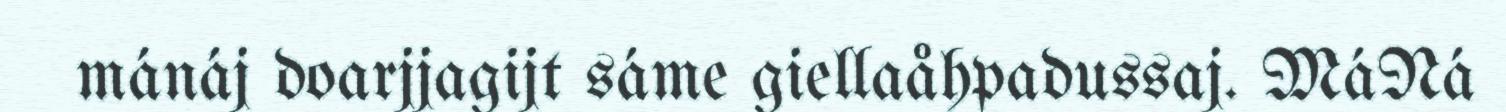
mánáj doarjjagijt sáme giellaåhpadussaj. MáNá